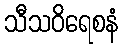
သီသဝိရေစနံ